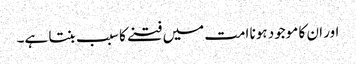
اور ان کا موجود ہونا امت میں فتنے کا سبب بنتا ہے۔